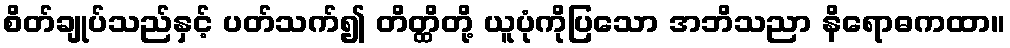
စိတ်ချုပ်သည်နှင့် ပတ်သက်၍ တိတ္ထိတို့ ယူပုံကိုပြသော အဘိသညာ နိရောဓကထာ။